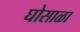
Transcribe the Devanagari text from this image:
घोसाळा